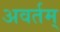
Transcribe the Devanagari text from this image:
अवर्तम्